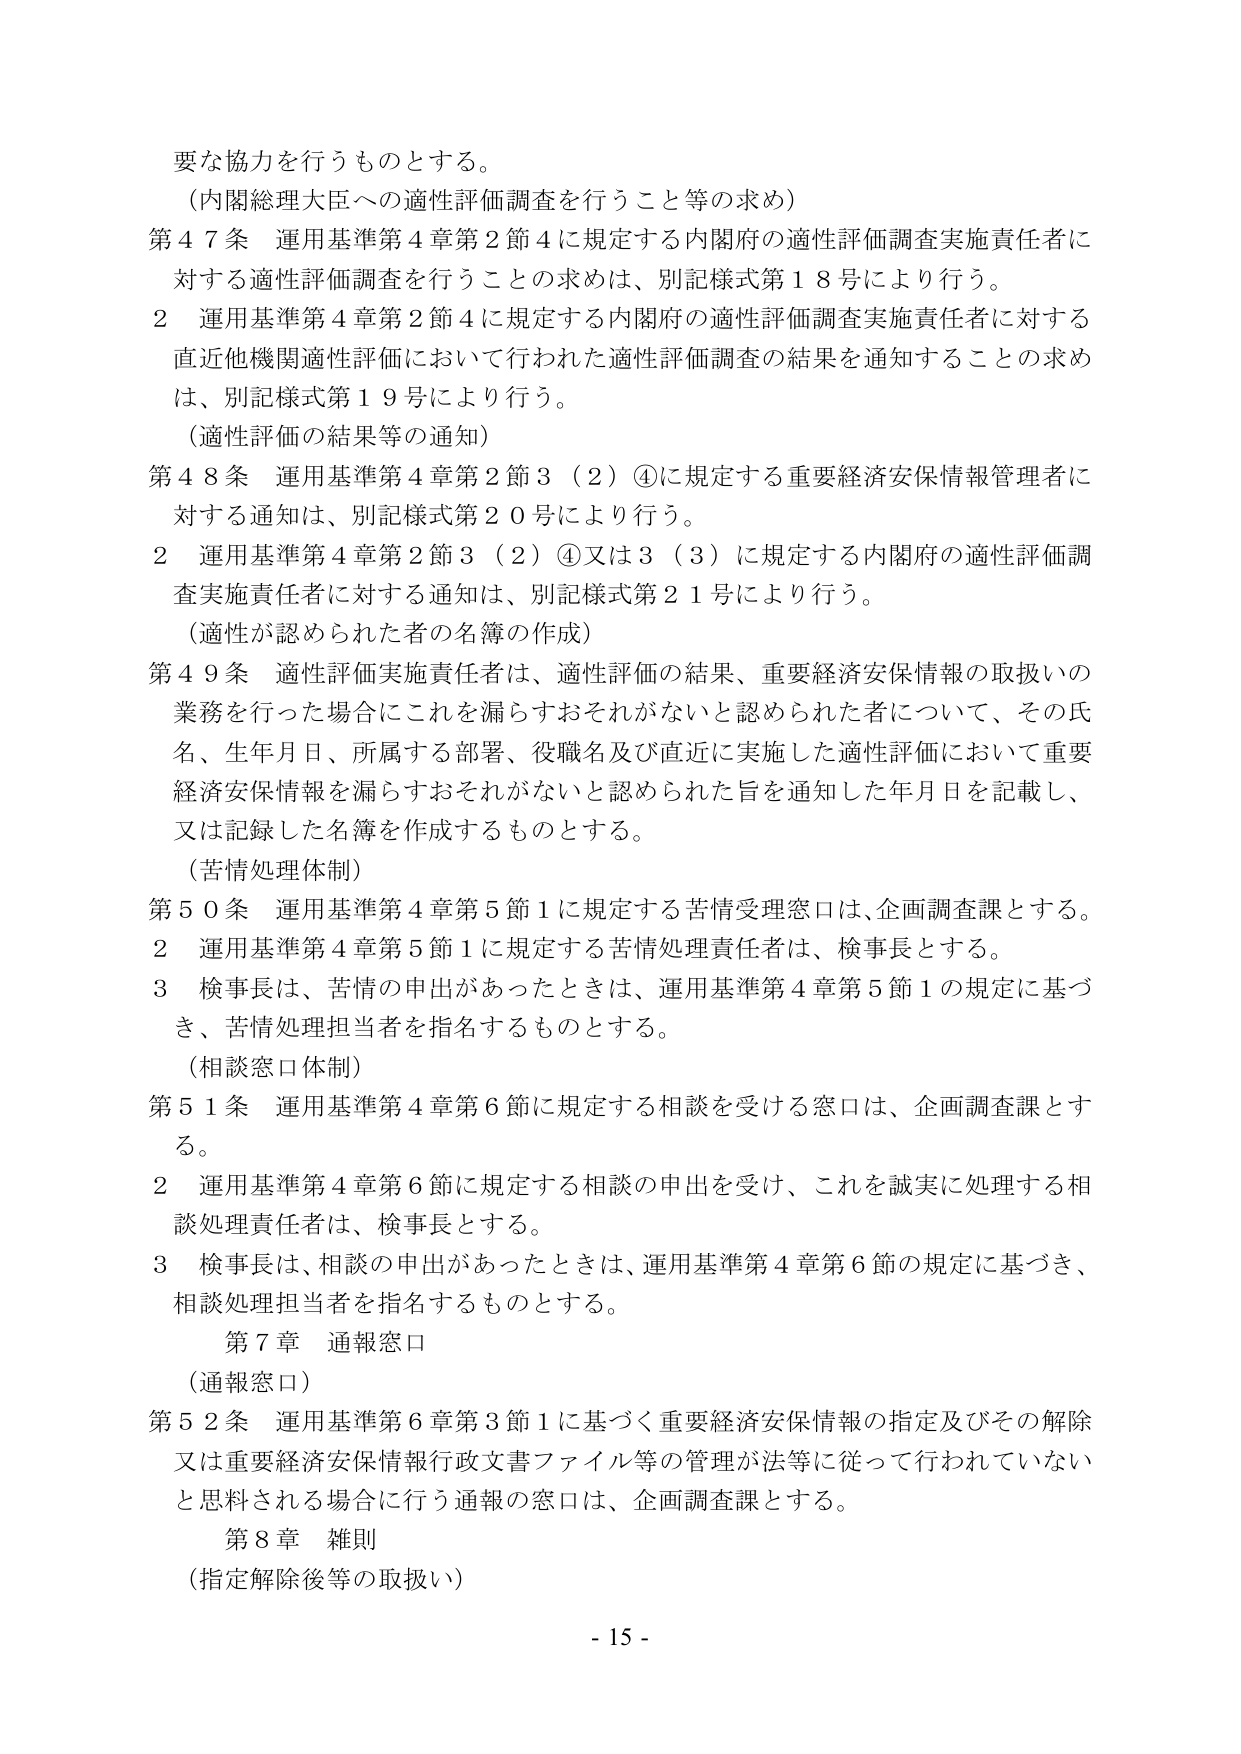
要な協力を行うものとする。
（内閣総理大臣への適性評価調査を行うこと等の求め）
第47条 運用基準第4章第2節4に規定する内閣府の適性評価調査実施責任者に対する適性評価調査を行うことの求めは、別記様式第18号により行う。
2 運用基準第4章第2節4に規定する内閣府の適性評価調査実施責任者に対する直近他機関適性評価において行われた適性評価調査の結果を通知することの求めは、別記様式第19号により行う。
（適性評価の結果等の通知）
第48条 運用基準第4章第2節3（2）④に規定する重要経済安保情報管理者に対する通知は、別記様式第20号により行う。
2 運用基準第4章第2節3（2）④又は3（3）に規定する内閣府の適性評価調査実施責任者に対する通知は、別記様式第21号により行う。
（適性が認められた者の名簿の作成）
第49条 適性評価実施責任者は、適性評価の結果、重要経済安保情報の取扱いの業務を行った場合にこれを漏らすおそれがないと認められた者について、その氏名、生年月日、所属する部署、役職名及び直近に実施した適性評価において重要経済安保情報を漏らすおそれがないと認められた旨を通知した年月日を記載し、又は記録した名簿を作成するものとする。
（苦情処理体制）
第50条 運用基準第4章第5節1に規定する苦情受理窓口は、企画調査課とする。
2 運用基準第4章第5節1に規定する苦情処理責任者は、検事長とする。
3 検事長は、苦情の申出があったときは、運用基準第4章第5節1の規定に基づき、苦情処理担当者を指名するものとする。
（相談窓口体制）
第51条 運用基準第4章第6節に規定する相談を受ける窓口は、企画調査課とする。
2 運用基準第4章第6節に規定する相談の申出を受け、これを誠実に処理する相談処理責任者は、検事長とする。
3 検事長は、相談の申出があったときは、運用基準第4章第6節の規定に基づき、相談処理担当者を指名するものとする。
第7章 通報窓口
（通報窓口）
第52条 運用基準第6章第3節1に基づく重要経済安保情報の指定及びその解除又は重要経済安保情報行政文書ファイル等の管理が法等に従って行われていないと思料される場合に行う通報の窓口は、企画調査課とする。
第8章 雑則
（指定解除後等の取扱い）
- 15 -